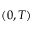
( 0 , T )